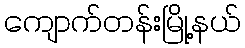
ကျောက်တန်းမြို့နယ်